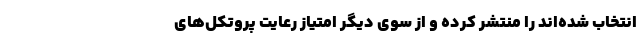
انتخاب شده‌اند را منتشر کرده و از سوی دیگر امتیاز رعایت پروتکل‌های